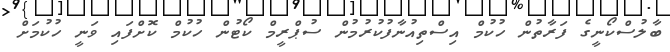
ބާލުސްކޯނީގެ ފަރާތުން ހުކުމް އިސްތިއުނާފުކުރުމުން ސުޕްރީމް ކޯޓުން ހުކުމް ކޮށްފައި ވަނީ ހުކުމަށް